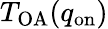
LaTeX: T_{\mathrm{OA}}(q_{\mathrm{on}})